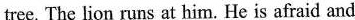
tree. The lion runs at him. He is afraid and